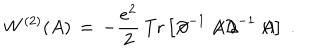
LaTeX: W ^ { ( 2 ) } ( A ) \, = \, - \frac { e ^ { 2 } } { 2 } \, \mathrm { T r } \left[ { \not \! \partial } ^ { - 1 } \not \! \! A { \not \! \partial } ^ { - 1 } \not \! \! A \right] \; .